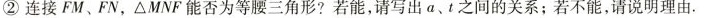
②连接FM、FN，△MNF能否为等腰三角形？若能，请写出a、t之间的关系；若不能，请说明理由.